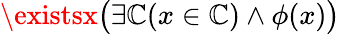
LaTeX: \existsx{\bigl(}\exists\mathbb{C}(x\in\mathbb{C})\land\phi(x){\bigr)}